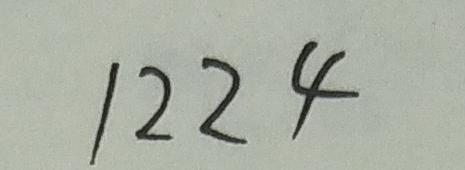
1 2 2 4